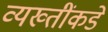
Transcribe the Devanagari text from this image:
व्यख्तींकडे